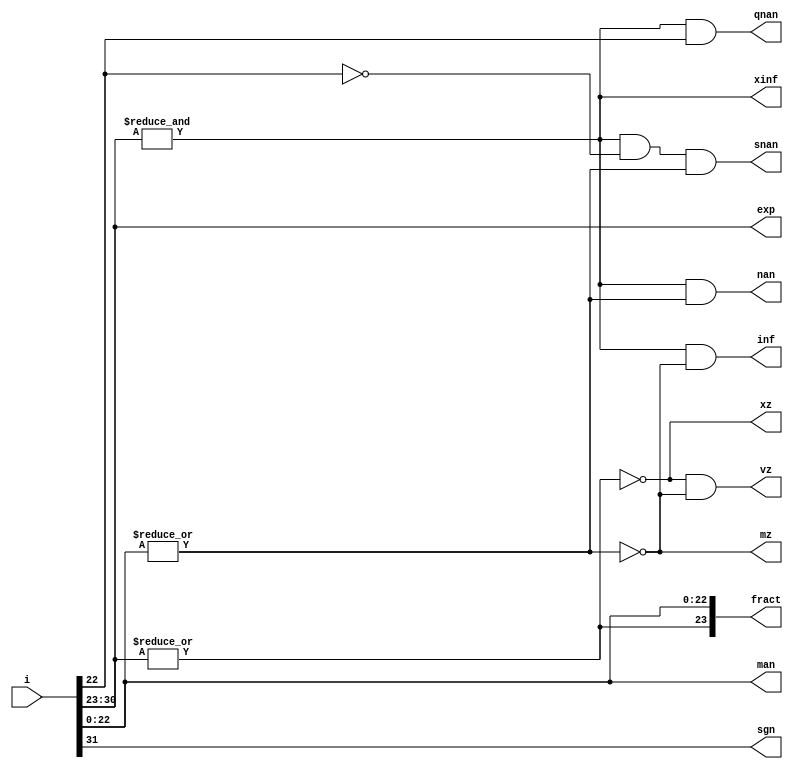
/* ============================================================================
	(C) 2006, 2007  Robert T Finch
	All rights reserved.
	rob@birdcomputer.ca

	fp_decomp.v
		- decompose floating point value
		- parameterized width


	Verilog 1995

	This source code is free for use and modification for non-commercial or
	evaluation purposes, provided this copyright statement and disclaimer
	remains present in the file.

	If the code is modified, please state the origin and note that the code
	has been modified.

	NO WARRANTY.
	THIS Work, IS PROVIDEDED "AS IS" WITH NO WARRANTIES OF ANY KIND, WHETHER
	EXPRESS OR IMPLIED. The user must assume the entire risk of using the
	Work.

	IN NO EVENT SHALL THE AUTHOR OR CONTRIBUTORS BE LIABLE FOR ANY
	INCIDENTAL, CONSEQUENTIAL, OR PUNITIVE DAMAGES WHATSOEVER RELATING TO
	THE USE OF THIS WORK, OR YOUR RELATIONSHIP WITH THE AUTHOR.

	IN ADDITION, IN NO EVENT DOES THE AUTHOR AUTHORIZE YOU TO USE THE WORK
	IN APPLICATIONS OR SYSTEMS WHERE THE WORK'S FAILURE TO PERFORM CAN
	REASONABLY BE EXPECTED TO RESULT IN A SIGNIFICANT PHYSICAL INJURY, OR IN
	LOSS OF LIFE. ANY SUCH USE BY YOU IS ENTIRELY AT YOUR OWN RISK, AND YOU
	AGREE TO HOLD THE AUTHOR AND CONTRIBUTORS HARMLESS FROM ANY CLAIMS OR
	LOSSES RELATING TO SUCH UNAUTHORIZED USE.


	Ref: Webpack 8.1i Spartan3-4 xc3s1000 4ft256
	10 slices / 20 LUTs / 12 ns  (32 bits)

============================================================================ */

module fp_decomp(i, sgn, exp, man, fract, xz, mz, vz, inf, xinf, qnan, snan, nan);

parameter WID=32;

localparam MSB  = WID-1;
localparam EMSB = WID==80 ? 14 :
                  WID==64 ? 10 :
				  WID==52 ? 10 :
				  WID==48 ? 10 :
				  WID==44 ? 10 :
				  WID==42 ? 10 :
				  WID==40 ?  9 :
				  WID==32 ?  7 :
				  WID==24 ?  6 : 4;
localparam FMSB = WID==80 ? 63 :
                  WID==64 ? 51 :
				  WID==52 ? 39 :
				  WID==48 ? 35 :
				  WID==44 ? 31 :
				  WID==42 ? 29 :
				  WID==40 ? 28 :
				  WID==32 ? 22 :
				  WID==24 ? 15 : 9;

input [MSB:0] i;

output sgn;
output [EMSB:0] exp;
output [FMSB:0] man;
output [FMSB+1:0] fract;	// mantissa with hidden bit recovered
output xz;		// denormalized - exponent is zero
output mz;		// mantissa is zero
output vz;		// value is zero (both exponent and mantissa are zero)
output inf;		// all ones exponent, zero mantissa
output xinf;	// all ones exponent
output qnan;	// nan
output snan;	// signalling nan
output nan;

// Decompose input
assign sgn = i[MSB];
assign exp = i[MSB-1:FMSB+1];
assign man = i[FMSB:0];
assign xz = !(|exp);	// denormalized - exponent is zero
assign mz = !(|man);	// mantissa is zero
assign vz = xz & mz;	// value is zero (both exponent and mantissa are zero)
assign inf = &exp & mz;	// all ones exponent, zero mantissa
assign xinf = &exp;
assign qnan = &exp &  man[FMSB];
assign snan = &exp & !man[FMSB] & !mz;
assign nan = &exp & !mz;
assign fract = {!xz,i[FMSB:0]};

endmodule